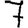
Digit: 7